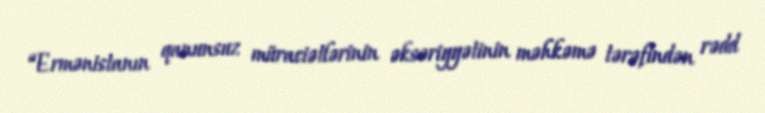
“Ermənistanın qanunsuz müraciətlərinin əksəriyyətinin məhkəmə tərəfindən rədd